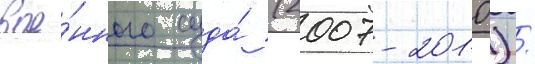
вое́нного суда́ (2007-2010) /